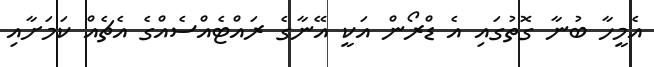
އެމީހާ ބުނާ ގޮތުގައި އެ ޑްރޯން އަކީ އޭނާގެ ރައްޓެއްސެއްގެ އެޗެއް ކަމަށާއި